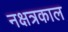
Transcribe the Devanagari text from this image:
नक्षत्रकाल